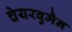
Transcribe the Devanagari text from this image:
चेयरवुमैन